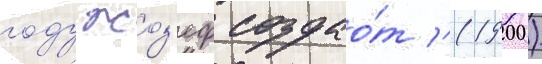
году жоз'еф создао́т '(1900)